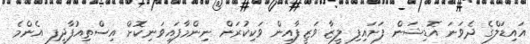
އައިޑަލްގެ ދެވަނަ އޮޑިޝަން ފަށައިފި ލީޒާ ވަޒީފާއިން ވަކިކުރަން ނިންމާފައިވަނިކޮށް އިސްތިއުފާދީފި އެންމެ